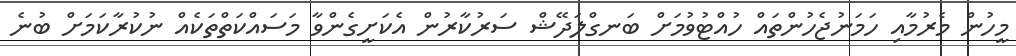
މީހުން މެރުމާއި ހަމަނުޖެހުންތައް ހުއްޓުވުމަށް ބަނގްލަދޭޝް ސަރުކާރުން އެކަށީގެންވާ މަސައްކަތްތަކެއް ނުކުރާކަމަށް ބުނެ